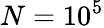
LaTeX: N=10^{5}